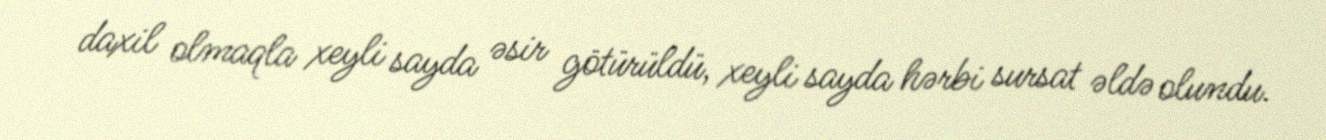
daxil olmaqla xeyli sayda əsir götürüldü, xeyli sayda hərbi sursat əldə olundu.